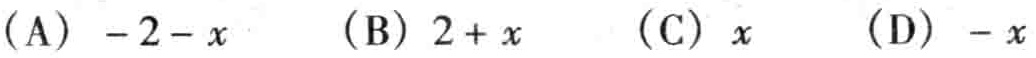
(A) \(-2 - x\)  (B) \(2 + x\)  (C) \(x\)  (D) \(-x\)